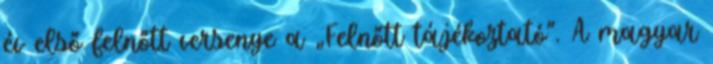
év első felnőtt versenye a „Felnőtt tájékoztató”. A magyar